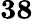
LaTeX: \mathbf{38}